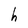
Character: h